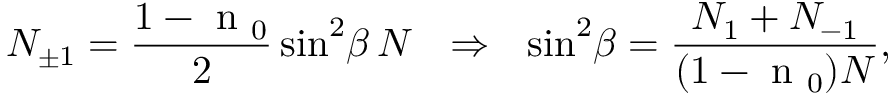
N _ { \pm 1 } = \frac { 1 - \textrm { n } _ { 0 } } { 2 } \sin ^ { 2 } \! \beta \, N ~ ~ \Rightarrow ~ ~ \sin ^ { 2 } \! \beta = \frac { N _ { 1 } + N _ { - 1 } } { ( 1 - \textrm { n } _ { 0 } ) N } ,